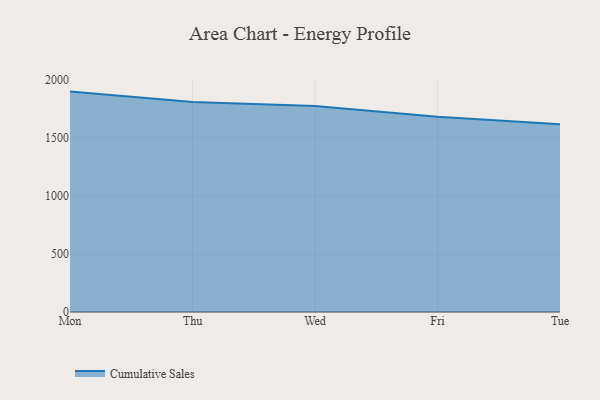
{"axis": {"x": "Day", "y": "Shipments"}, "legend": ["Cumulative Sales"], "data": [{"x": "Mon", "y": 1901.1, "type": "Cumulative Sales"}, {"x": "Thu", "y": 1810.8, "type": "Cumulative Sales"}, {"x": "Wed", "y": 1776.7, "type": "Cumulative Sales"}, {"x": "Fri", "y": 1683.2, "type": "Cumulative Sales"}, {"x": "Tue", "y": 1620.0, "type": "Cumulative Sales"}]}